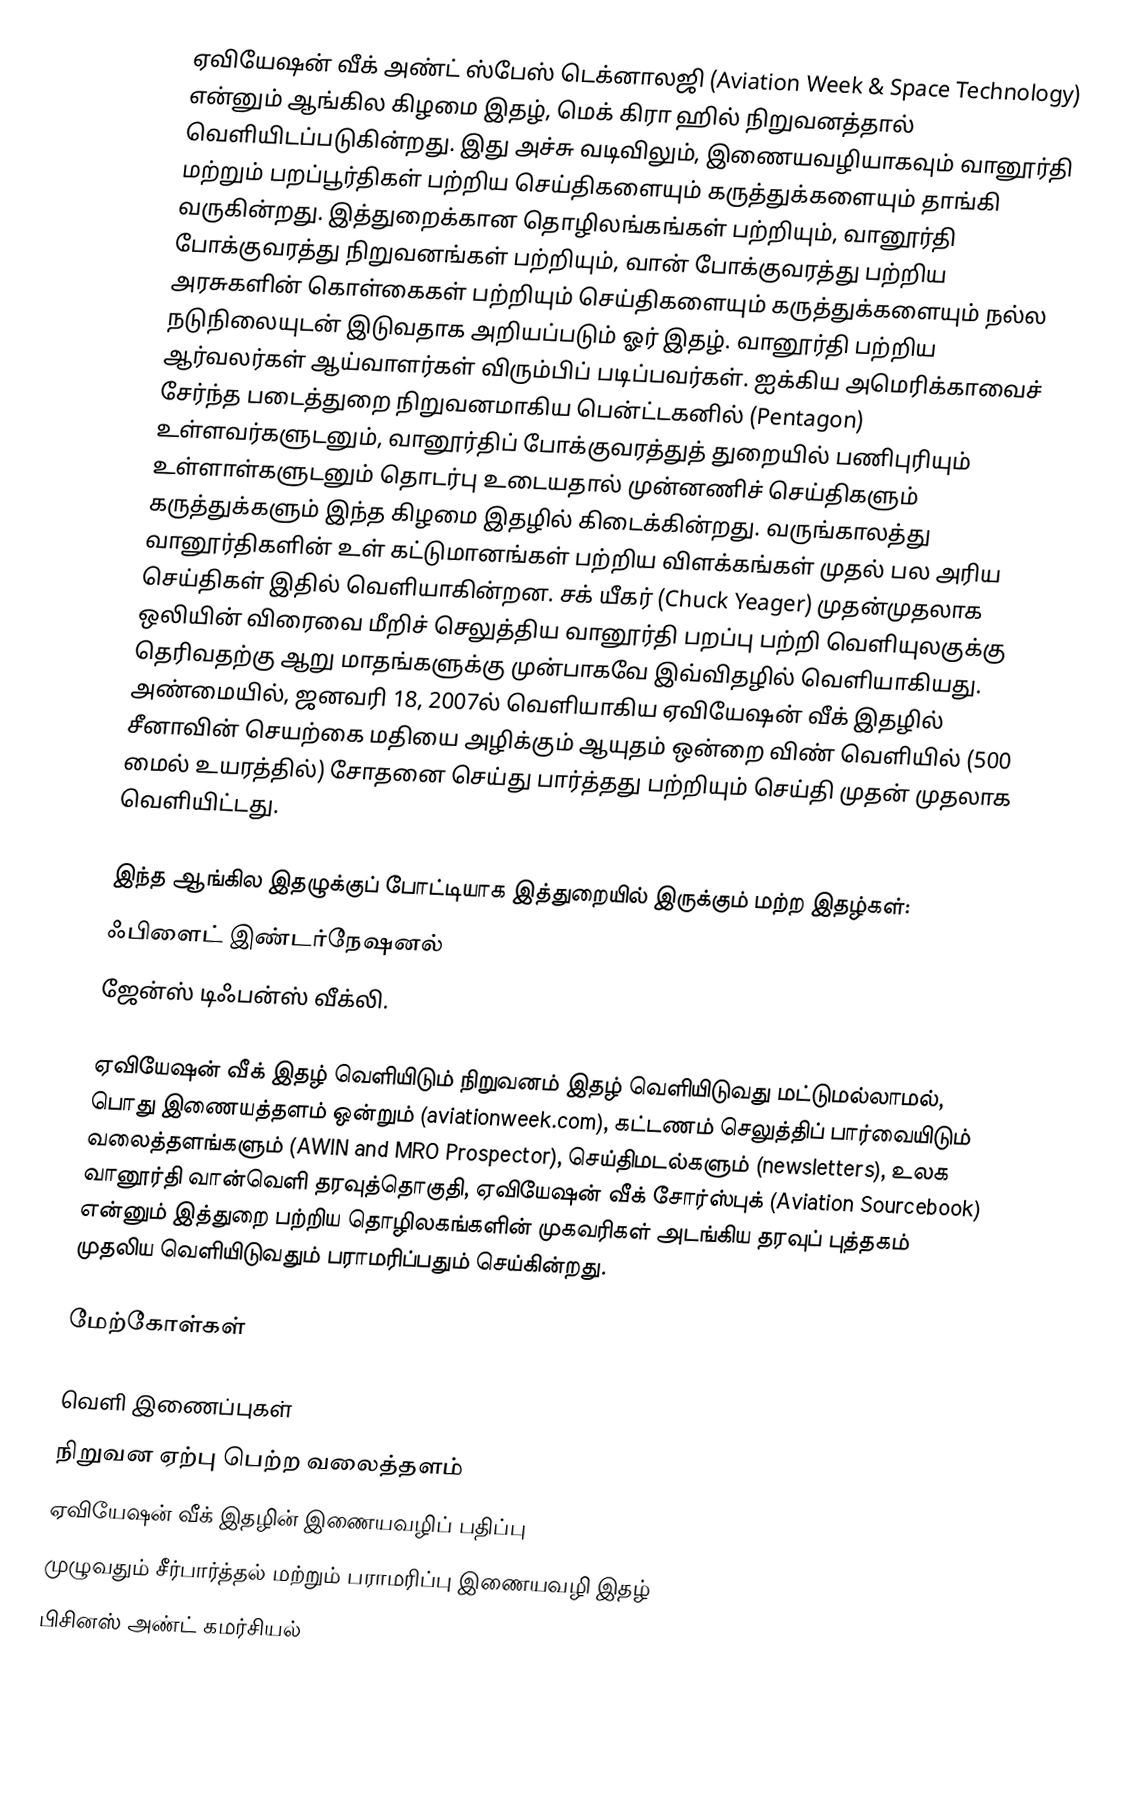
ஏவியேஷன் வீக் அண்ட் ஸ்பேஸ் டெக்னாலஜி (Aviation Week & Space Technology) என்னும் ஆங்கில கிழமை இதழ், மெக் கிரா ஹில் நிறுவனத்தால் வெளியிடப்படுகின்றது. இது அச்சு வடிவிலும், இணையவழியாகவும் வானூர்தி மற்றும் பறப்பூர்திகள் பற்றிய செய்திகளையும் கருத்துக்களையும் தாங்கி வருகின்றது. இத்துறைக்கான தொழிலங்கங்கள் பற்றியும், வானூர்தி போக்குவரத்து நிறுவனங்கள் பற்றியும், வான் போக்குவரத்து பற்றிய அரசுகளின் கொள்கைகள் பற்றியும் செய்திகளையும் கருத்துக்களையும் நல்ல நடுநிலையுடன் இடுவதாக அறியப்படும் ஓர் இதழ். வானூர்தி பற்றிய ஆர்வலர்கள் ஆய்வாளர்கள் விரும்பிப் படிப்பவர்கள். ஐக்கிய அமெரிக்காவைச் சேர்ந்த படைத்துறை நிறுவனமாகிய பென்ட்டகனில் (Pentagon) உள்ளவர்களுடனும், வானூர்திப் போக்குவரத்துத் துறையில் பணிபுரியும் உள்ளாள்களுடனும் தொடர்பு உடையதால் முன்னணிச் செய்திகளும் கருத்துக்களும் இந்த கிழமை இதழில் கிடைக்கின்றது. வருங்காலத்து வானூர்திகளின் உள் கட்டுமானங்கள் பற்றிய விளக்கங்கள் முதல் பல அரிய செய்திகள் இதில் வெளியாகின்றன. சக் யீகர் (Chuck Yeager) முதன்முதலாக ஒலியின் விரைவை மீறிச் செலுத்திய வானூர்தி பறப்பு பற்றி வெளியுலகுக்கு தெரிவதற்கு ஆறு மாதங்களுக்கு முன்பாகவே இவ்விதழில் வெளியாகியது. அண்மையில், ஜனவரி 18, 2007ல் வெளியாகிய ஏவியேஷன் வீக் இதழில் சீனாவின் செயற்கை மதியை அழிக்கும் ஆயுதம் ஒன்றை விண் வெளியில் (500 மைல் உயரத்தில்) சோதனை செய்து பார்த்தது பற்றியும் செய்தி முதன் முதலாக வெளியிட்டது.

இந்த ஆங்கில இதழுக்குப் போட்டியாக இத்துறையில் இருக்கும் மற்ற இதழ்கள்:
 ஃபிளைட் இண்டர்நேஷனல்
 ஜேன்ஸ் டிஃபன்ஸ் வீக்லி.

ஏவியேஷன் வீக் இதழ் வெளியிடும் நிறுவனம் இதழ் வெளியிடுவது மட்டுமல்லாமல், பொது இணையத்தளம் ஒன்றும் (aviationweek.com), கட்டணம் செலுத்திப் பார்வையிடும் வலைத்தளங்களும் (AWIN and MRO Prospector), செய்திமடல்களும் (newsletters), உலக வானூர்தி வான்வெளி தரவுத்தொகுதி, ஏவியேஷன் வீக் சோர்ஸ்புக் (Aviation Sourcebook) என்னும் இத்துறை பற்றிய தொழிலகங்களின் முகவரிகள் அடங்கிய தரவுப் புத்தகம் முதலிய வெளியிடுவதும் பராமரிப்பதும் செய்கின்றது.

மேற்கோள்கள்

வெளி இணைப்புகள்
 நிறுவன ஏற்பு பெற்ற வலைத்தளம்
 ஏவியேஷன் வீக் இதழின் இணையவழிப் பதிப்பு
 முழுவதும் சீர்பார்த்தல் மற்றும் பராமரிப்பு இணையவழி இதழ்
 பிசினஸ் அண்ட் கமர்சியல்